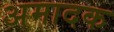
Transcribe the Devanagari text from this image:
अमादक